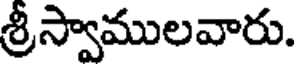
శ్రీస్వాములవారు.